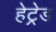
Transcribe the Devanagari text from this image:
हेट्रेड